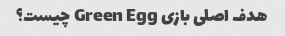
هدف اصلی بازی Green Egg چیست؟